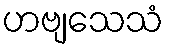
ဟဗျသေသံ